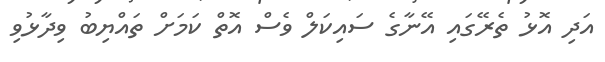
އަދި އޮޅު ތެރޭގައި އޭނާގެ ސައިކަލް ވެސް އޮތް ކަމަށް ތައްޔިބު ވިދާޅުވި